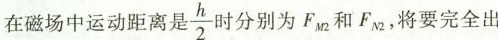
在磁场中运动距离是 \frac{h}{2} 时分别为F_{M2}和F_{N2}，将要完全出